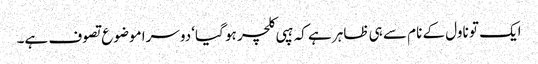
ایک تو ناول کے نام سے ہی ظاہر ہے کہ ہپی کلچر ہو گیا‘ دوسرا موضوع تصوف ہے۔